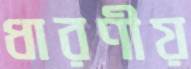
ধারণীয়